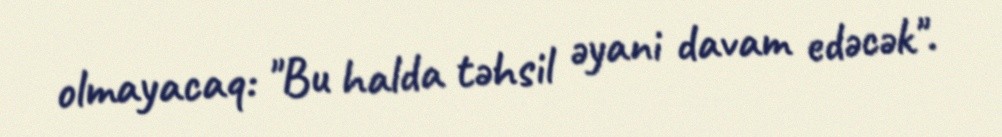
olmayacaq: "Bu halda təhsil əyani davam edəcək".